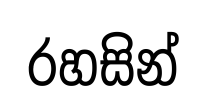
රහසින්